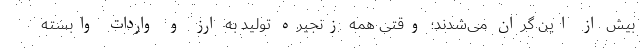
بیش از این گران می‌شدند؛ وقتی همه زنجیره تولید به ارز و واردات وابسته